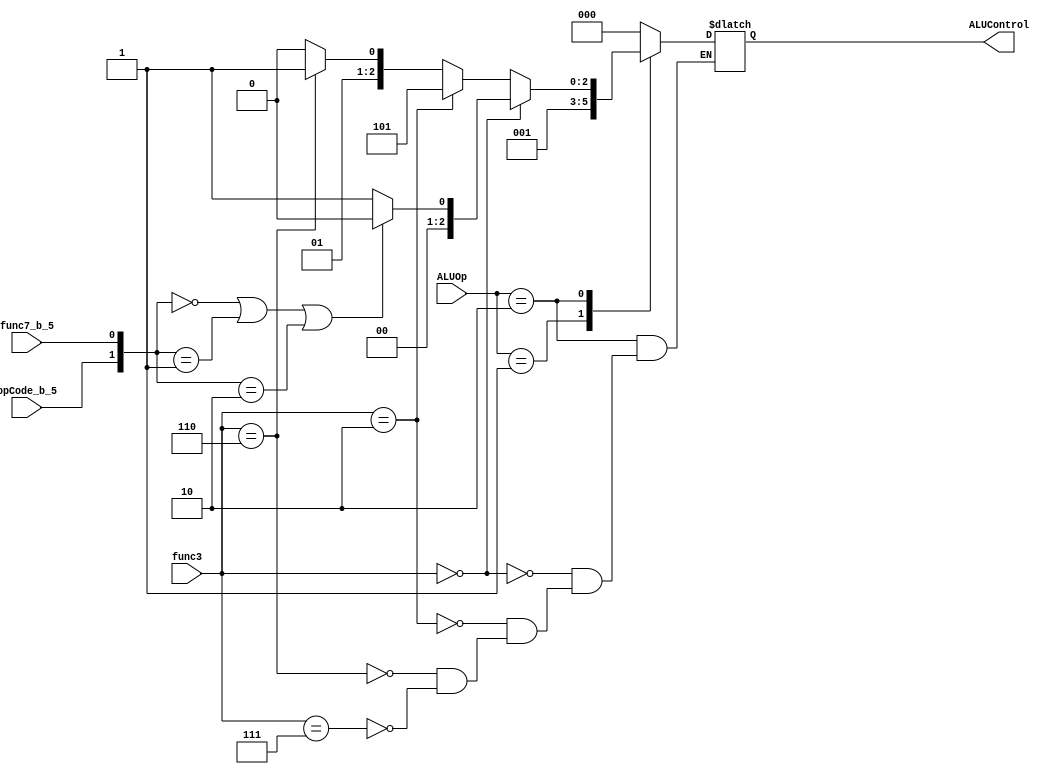
module ALU_Decoder(
input [1:0] ALUOp,
input [2:0] func3,
input func7_b_5,
input opCode_b_5,
output reg [2:0] ALUControl
    );
    
    wire [1:0] OP5_func7_b_5;
    
    assign OP5_func7_b_5 = {opCode_b_5,func7_b_5};
    
    always @(*)
    begin
        case(ALUOp)
            2'b00: ALUControl <= 3'b000;        // LW, SW  000=> add
            2'b01: ALUControl <= 3'b001;       // beq     001=> subtract
            2'b10: begin
                if(func3==3'b000) begin
                    if(OP5_func7_b_5==2'b00 | OP5_func7_b_5==1'b01 | OP5_func7_b_5==2'b10)
                        ALUControl <= 3'b000;  // add
                    else
                        ALUControl <= 3'b001;  // sub
                end
                else if(func3==3'b010) begin
                    ALUControl <= 3'b101;  // set less than (slt)
                end
                else if(func3==3'b110) begin
                    ALUControl <= 3'b011;  // or
                end
                else if(func3==3'b111) begin
                    ALUControl <= 3'b010;  // and
                end                
            end
            default:begin
                ALUControl <= 3'bxxx;
            end
        endcase
    end
    
endmodule